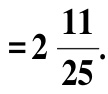
$=2\frac{11}{25}.$